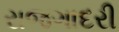
રાજગાદરી